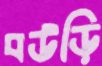
বউড়ি